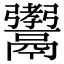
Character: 𩱞